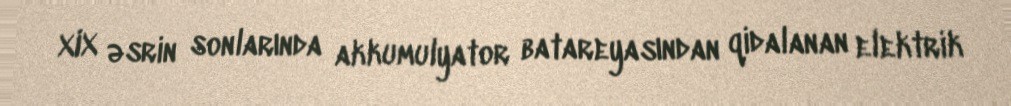
XIX əsrin sonlarında akkumulyator batareyasından qidalanan elektrik